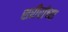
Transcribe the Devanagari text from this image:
शरीरांच्या